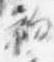
初